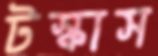
টস্‌কাস